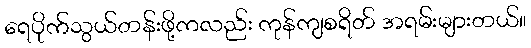
ရေပိုက်သွယ်တန်းဖို့ကလည်း ကုန်ကျစရိတ် အရမ်းများတယ်။